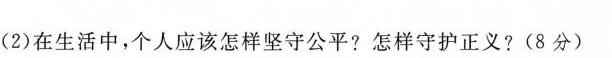
(2)在生活中，个人应该怎样坚守公平?怎样守护正义?(8分)